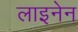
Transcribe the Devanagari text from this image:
लाइनेन